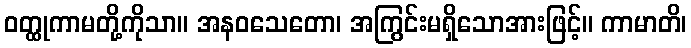
ဝတ္ထုကာမတို့ကိုသာ။ အနဝသေတော၊ အကြွင်းမရှိသောအားဖြင့်။ ကာမာတိ၊